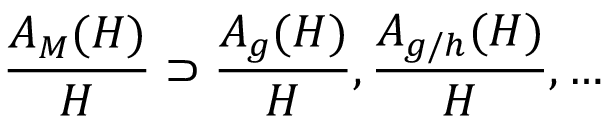
\frac { A _ { M } ( H ) } { H } \supset \frac { A _ { g } ( H ) } { H } , \frac { A _ { g / h } ( H ) } { H } , \ldots